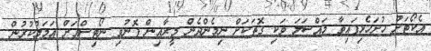
އެކޯޓަށް ހުށަހެޅިފައިވާ މައްސަލަ ވަކި ގޮތަކަށް ނިމެންދެން މީރާއިން ފޮނުވި ނޯޓިސްއަށް އަމަލުކުރުން